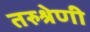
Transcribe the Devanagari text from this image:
तरुश्रेणी